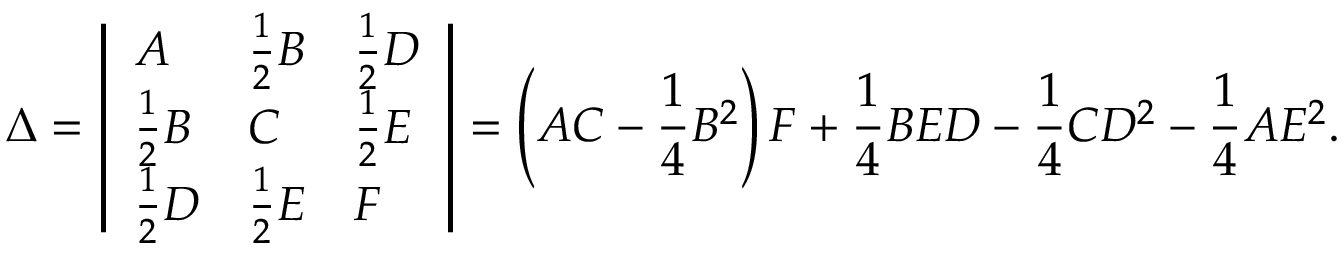
\Delta = { \left| \begin{array} { l l l } { A } & { { \frac { 1 } { 2 } } B } & { { \frac { 1 } { 2 } } D } \\ { { \frac { 1 } { 2 } } B } & { C } & { { \frac { 1 } { 2 } } E } \\ { { \frac { 1 } { 2 } } D } & { { \frac { 1 } { 2 } } E } & { F } \end{array} \right| } = \left( A C - { \frac { 1 } { 4 } } B ^ { 2 } \right) F + { \frac { 1 } { 4 } } B E D - { \frac { 1 } { 4 } } C D ^ { 2 } - { \frac { 1 } { 4 } } A E ^ { 2 } .